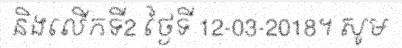
និងលើកទី2 ថ្ងៃទី 12-03-2018។ សូម